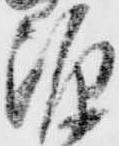
源